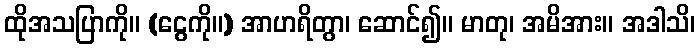
ထိုအသပြာကို။ (ငွေကို။) အာဟရိတွာ၊ ဆောင်၍။ မာတု၊ အမိအား။ အဒါသိ၊